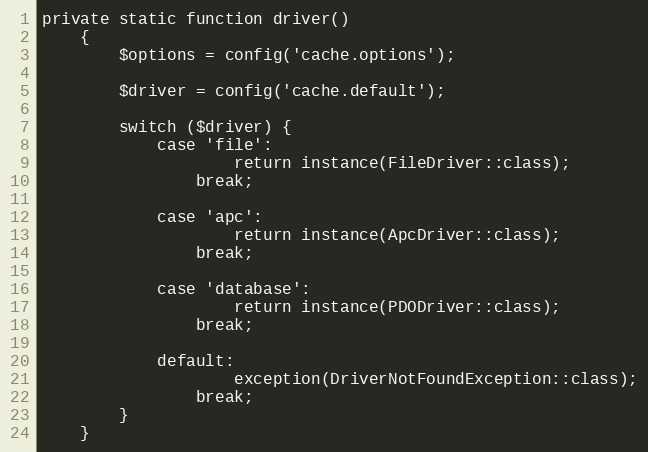
Language: PHP
private static function driver()
    {
        $options = config('cache.options');

        $driver = config('cache.default');

        switch ($driver) {
            case 'file':
                    return instance(FileDriver::class);
                break;

            case 'apc':
                    return instance(ApcDriver::class);
                break;

            case 'database':
                    return instance(PDODriver::class);
                break;

            default:
                    exception(DriverNotFoundException::class);
                break;
        }
    }